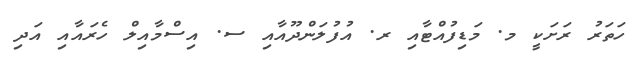
ހަތަރު ރަށަކީ މ. މަޑިފުއްޓާއި ރ. އުފުލަންދޫއާއި ސ. އިސްމާއިލް ހެރައާއި އަދި